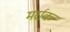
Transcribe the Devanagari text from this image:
मर्राक